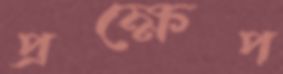
প্রক্ষেপ